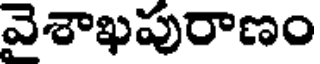
వెశాఖపురాణం